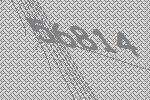
56814